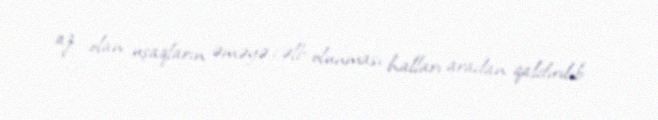
az olan uşaqların əməyə cəlb olunması halları aradan qaldırılıb.